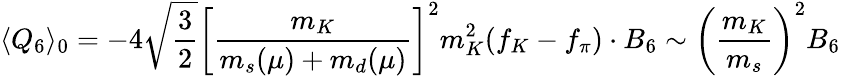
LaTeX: \langle Q_{6}\rangle_{0}=-4\sqrt{\frac{3}{2}}\left[\frac{m_{K}}{m_{s}(\mu)+m_{d}(\mu)}\right]^{2}m_{K}^{2}(f_{K}-f_{\pi})\cdot B_{6}\sim\left(\frac{m_{K}}{m_{s}}\right)^{2}B_{6}